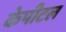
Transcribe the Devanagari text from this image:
केपीटल